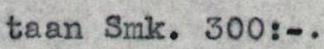
taan Smk. 300:-.